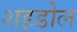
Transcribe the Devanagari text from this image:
शह़डोल